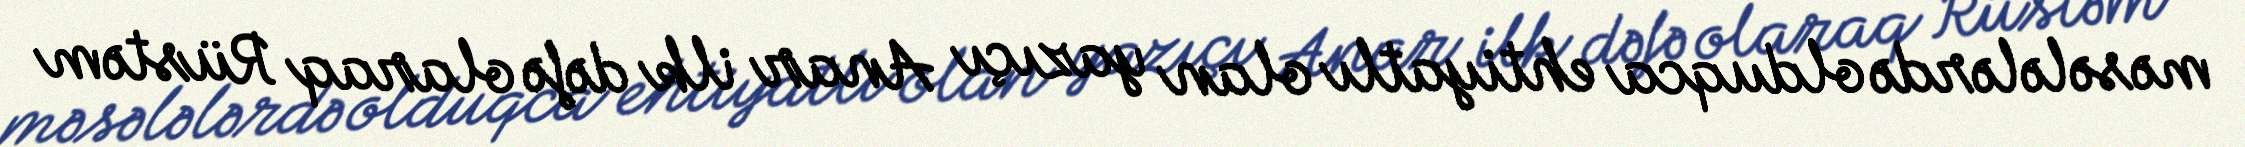
məsələlərdə olduqca ehtiyatlı olan yazıçı Anar ilk dəfə olaraq Rüstəm